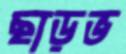
ছাড়ভ